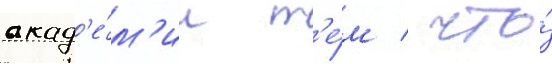
акад'е́м'ии т'е́м / что́